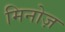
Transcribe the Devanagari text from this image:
मिनोज़